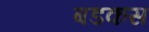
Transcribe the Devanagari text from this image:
बडकस